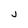
Character: j